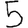
Digit: 5